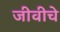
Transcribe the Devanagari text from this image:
जीवीचे